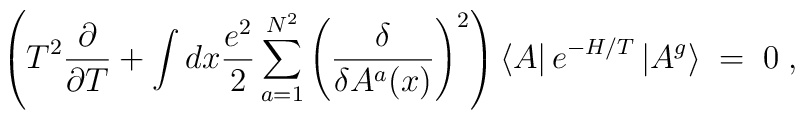
\left( T^2\frac{\partial}{\partial T}+\int dx\frac{e^2}{2}\sum_{a=1}^{N^2} \left( \frac{\delta}{\delta A^a(x)} \right)^2\right)\left< A\right|e^{-H/T}\left| A^g\right> \; = \; 0 \; ,